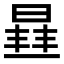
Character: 𭦮